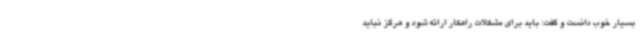
بسیار خوب دانست و گفت: باید برای مشکلات راهکار ارائه شود و هرگز نباید